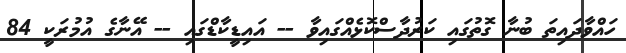
ހައްވާދައިތަ ބުނާ ގޮތުގައި ކަރުދާސްކޮޅެއްގައިވާ -- އައިޑީކާޑްގައި -- އޭނާގެ އުމުރަކީ 84